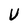
Character: U